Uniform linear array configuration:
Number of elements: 16
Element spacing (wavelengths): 1
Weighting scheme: uniform
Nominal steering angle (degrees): -15
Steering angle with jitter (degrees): -14.567
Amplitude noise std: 0.05
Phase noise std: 0.05

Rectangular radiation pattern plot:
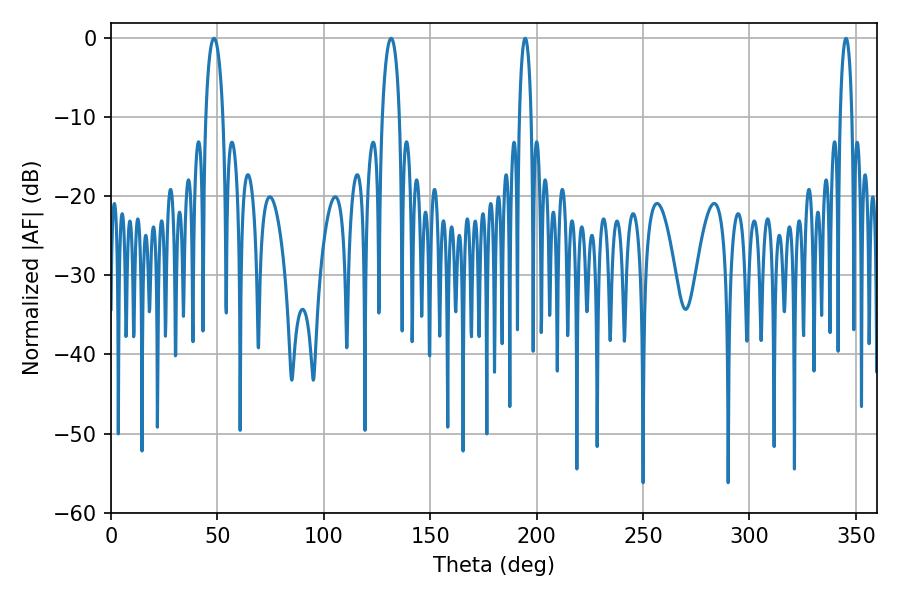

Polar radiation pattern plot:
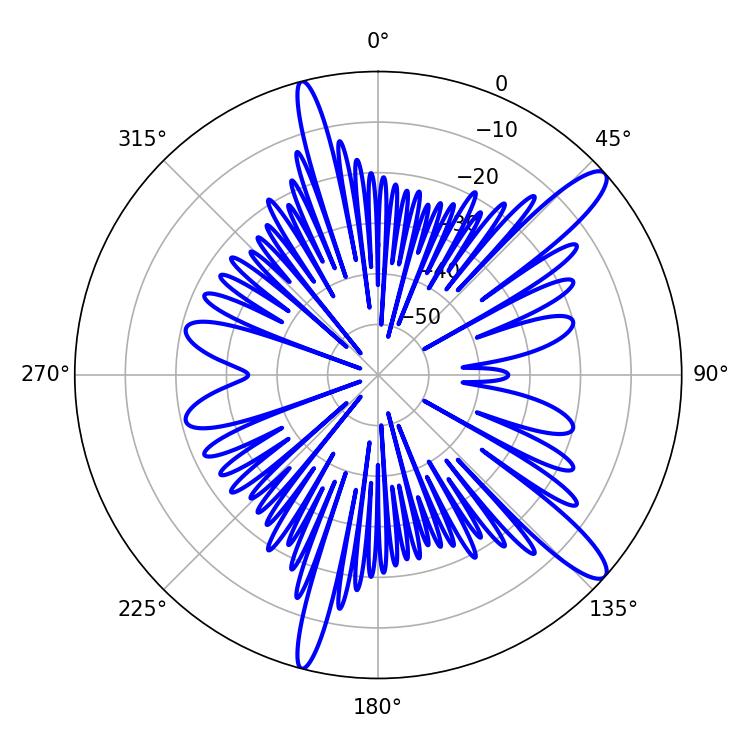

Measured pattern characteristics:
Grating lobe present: TRUE
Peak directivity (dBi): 12.825
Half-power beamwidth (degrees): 4.68
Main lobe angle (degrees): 48.42